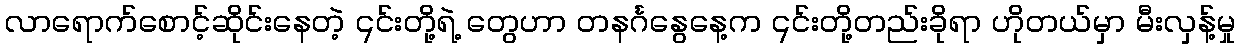
လာရောက်စောင့်ဆိုင်းနေတဲ့ ၎င်းတို့ရဲ့ တွေဟာ တနင်္ဂနွေနေ့က ၎င်းတို့တည်းခိုရာ ဟိုတယ်မှာ မီးလှန့်မှု